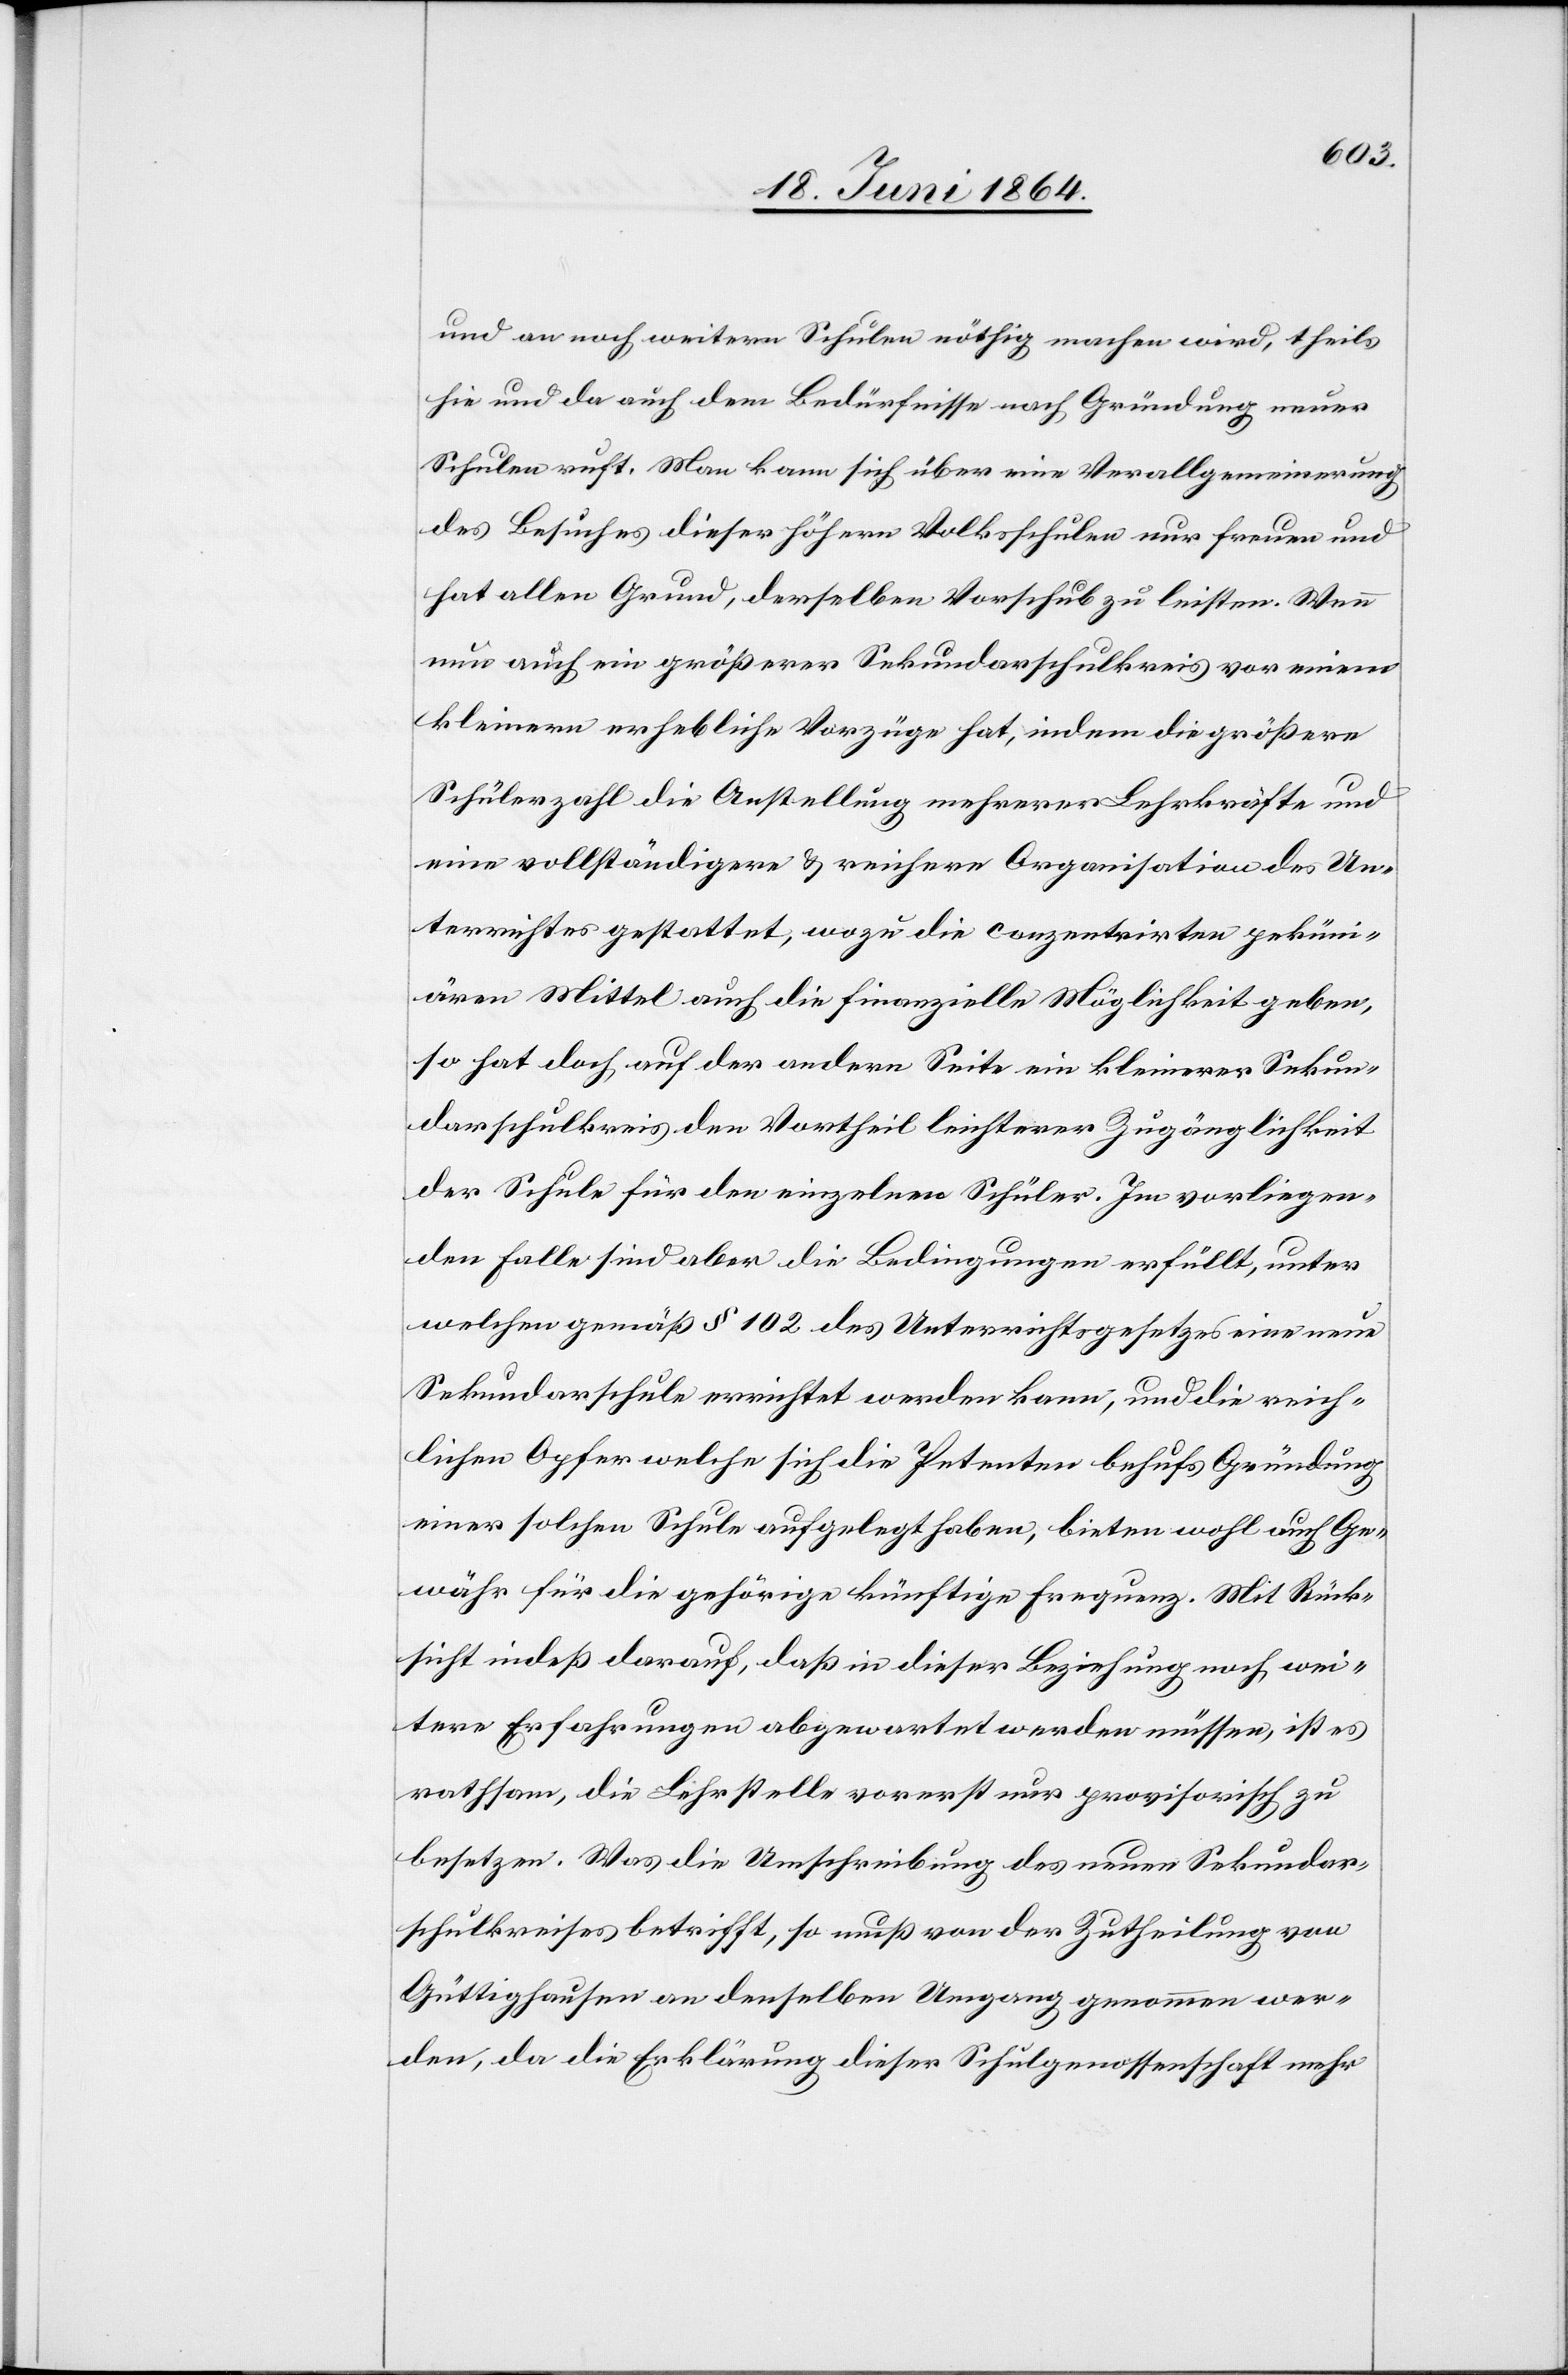
und an noch weitern Schulen nöthig machen wird, theils
hie und da auch dem Bedürfnisse nach Gründung neuer
Schulen ruft. Man kann sich über eine Verallgemeinerung
des Besuches dieser höhern Volksschulen nur freuen und
hat allen Grund, derselben Vorschub zu leisten. Wenn
nun auch ein größerer Sekundarschulkreis vor einem
kleinern erhebliche Vorzüge hat, indem die größere
Schülerzahl die Anstellung mehrerer Lehrkräfte und
eine vollständigere u. reichere Organisation des Un¬
terrichtes gestattet, wozu die conzentrirten peküni¬
ären Mittel auch die finanzielle Möglichkeit geben,
so hat doch auf der andern Seite ein kleinerer Sekun¬
darschulkreis den Vortheil leichterer Zugänglichkeit
der Schule für den einzelnen Schüler. Im vorliegen¬
den Falle sind aber die Bedingungen erfüllt, unter
welchen gemäß § 102 des Unterrichtsgesetzes eine neue
Sekundarschule errichtet werden kann, und die reich¬
lichen Opfer welche sich die Petenten behufs Gründung
einer solchen Schule auferlegt haben, bieten wohl auch Ge¬
währ für die gehörige künftige Frequenz. Mit Rück¬
sicht indeß darauf, daß in dieser Beziehung noch wei¬
tere Erfahrungen abgewartet werden müssen, ist es
rathsam, die Lehrstelle vorerst nur provisorisch zu
besetzen. Was die Umschreibung des neuen Sekundar¬
schulkreises betrifft, so muß von der Zutheilung von
Gütighausen an denselben Umgang genommen wer¬
den, da die Erklärung dieser Schulgenossenschaft mehr